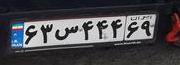
۶۳س۴۴۴۶۹